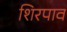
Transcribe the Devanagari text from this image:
शिरपाव